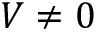
V \neq 0